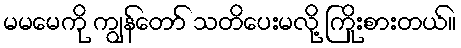
မမမေကို ကျွန်တော် သတိပေးမလို့ ကြိုးစားတယ်။